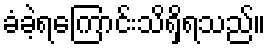
ခံခဲ့ရကြောင်းသိရှိရသည်။